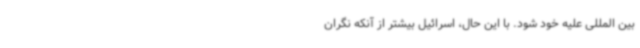
بین المللی علیه خود شود. با این حال، اسرائیل بیشتر از آنکه نگران